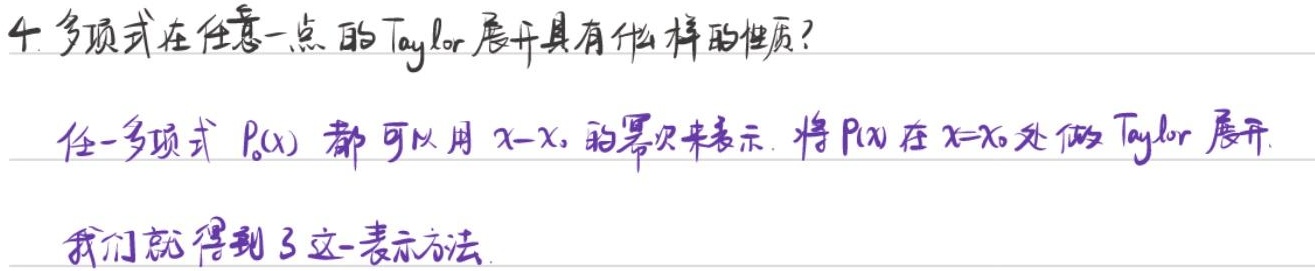
4. 多项式在任意一点的 Taylor 展开具有什么样的性质？任一多项式 \(P_0(x)\) 都可以用 \(x - x_0\) 的幂次来表示。将 \(P(x)\) 在 \(x = x_0\) 处做 Taylor 展开，我们就得到了这一表示方法。